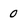
Character: 0